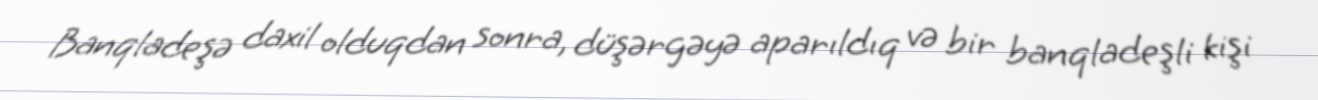
Banqladeşə daxil olduqdan sonra, düşərgəyə aparıldıq və bir banqladeşli kişi